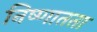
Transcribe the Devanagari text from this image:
निष्णातता